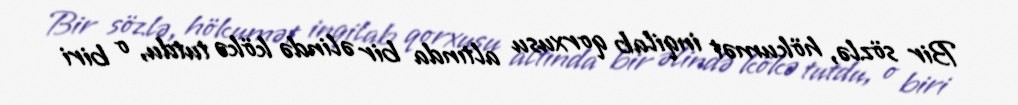
Bir sözlə, hökumət inqilab qorxusu altında bir əlində kökə tutdu, o biri